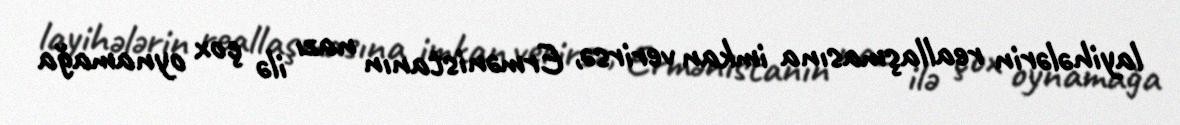
layihələrin reallaşmasına imkan verirsə, Ermənistanın nazı ilə çox oynamağa